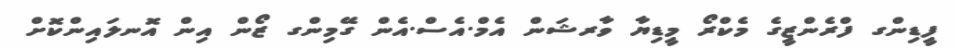
ފީޑިންގ ފްރެންޒީގެ މެކްރޯ މީޑިޔާ ވާރޝަން އެމް.އެސް.އެން ގޭމިންގ ޒޯން އިން އޮނލައިންކޮށް